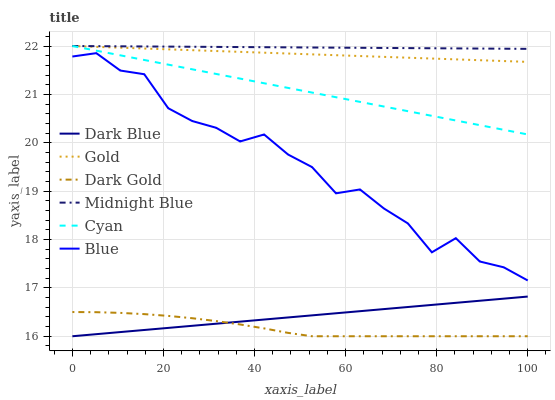
| xaxis_label | Dark Blue | Gold | Dark Gold | Midnight Blue | Cyan | Blue |
 | --- | --- | --- | --- | --- | --- | --- |
 | 0 | 16 | 22 | 16.5 | 22 | 22 | 21.8 |
 | 5.26 | 16 | 22 | 16.5 | 22 | 21.9 | 21.9 |
 | 10.5 | 16.1 | 22 | 16.5 | 22 | 21.8 | 21.5 |
 | 15.8 | 16.1 | 21.9 | 16.5 | 22 | 21.7 | 21.4 |
 | 21.1 | 16.2 | 21.9 | 16.4 | 22 | 21.6 | 20.7 |
 | 26.3 | 16.2 | 21.9 | 16.4 | 22 | 21.5 | 20.4 |
 | 31.6 | 16.3 | 21.9 | 16.3 | 22 | 21.4 | 20.3 |
 | 36.8 | 16.3 | 21.9 | 16.2 | 22 | 21.3 | 20 |
 | 42.1 | 16.3 | 21.9 | 16.2 | 22 | 21.2 | 20.2 |
 | 47.4 | 16.4 | 21.8 | 16.1 | 22 | 21.1 | 19.8 |
 | 52.6 | 16.4 | 21.8 | 16 | 22 | 21 | 19.5 |
 | 57.9 | 16.5 | 21.8 | 16 | 22 | 20.9 | 19 |
 | 63.2 | 16.5 | 21.8 | 16 | 22 | 20.8 | 19 |
 | 68.4 | 16.6 | 21.8 | 16 | 22 | 20.7 | 18.6 |
 | 73.7 | 16.6 | 21.8 | 16 | 22 | 20.7 | 18.3 |
 | 78.9 | 16.6 | 21.7 | 16 | 22 | 20.6 | 17.7 |
 | 84.2 | 16.7 | 21.7 | 16 | 22 | 20.5 | 18 |
 | 89.5 | 16.7 | 21.7 | 16 | 21.9 | 20.4 | 17.5 |
 | 94.7 | 16.8 | 21.7 | 16 | 21.9 | 20.3 | 17.4 |
 | 100 | 16.8 | 21.7 | 16 | 21.9 | 20.2 | 17.2 |